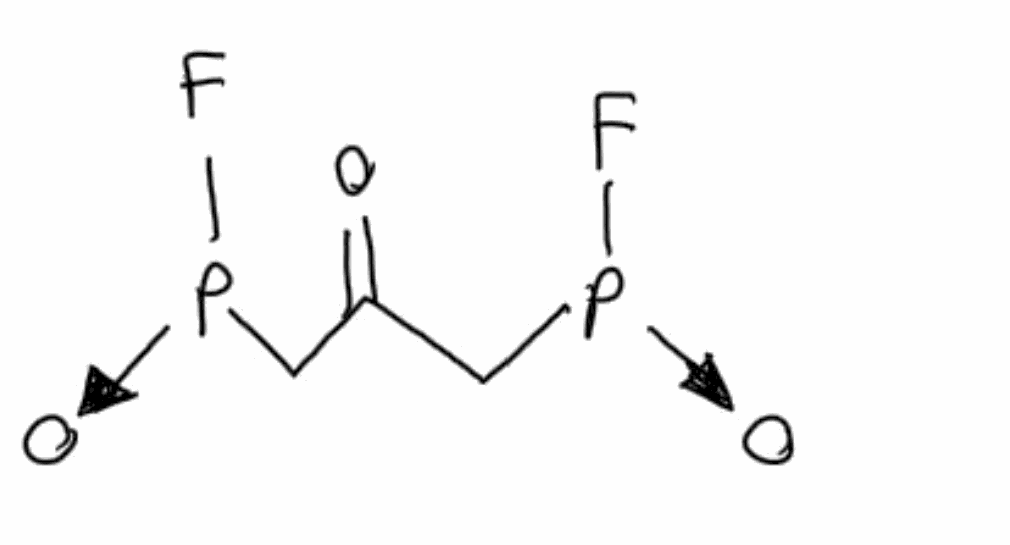
Simplified molecular-input line-entry system (SMILES) notation of the given molecule:
C(=[P+]([O-])F)C(=O)C=[P+]([O-])F